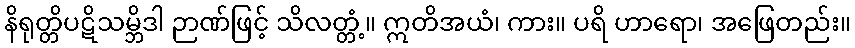
နိရုတ္တိပဋိသမ္ဘိဒါ ဉာဏ်ဖြင့် သိလတ္တံ့။ ဣတိအယံ၊ ကား။ ပရိ ဟာရော၊ အဖြေတည်း။